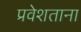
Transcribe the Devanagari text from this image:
प्रवेशताना